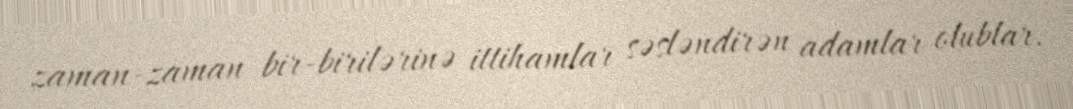
zaman-zaman bir-birilərinə ittihamlar səsləndirən adamlar olublar.